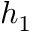
h _ { 1 }